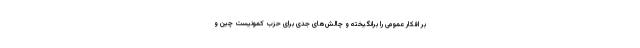
بر افکار عمومی را برانگیخته و چالش‌های جدی برای حزب کمونیست چین و